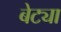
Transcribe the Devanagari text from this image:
बेट्या